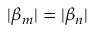
| \beta _ { m } | = | \beta _ { n } |